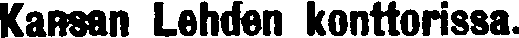
Kansan Lehden konttorissa.